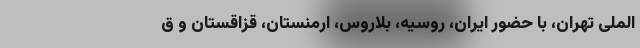
الملی تهران، با حضور ایران، روسیه، بلاروس، ارمنستان، قزاقستان و ق